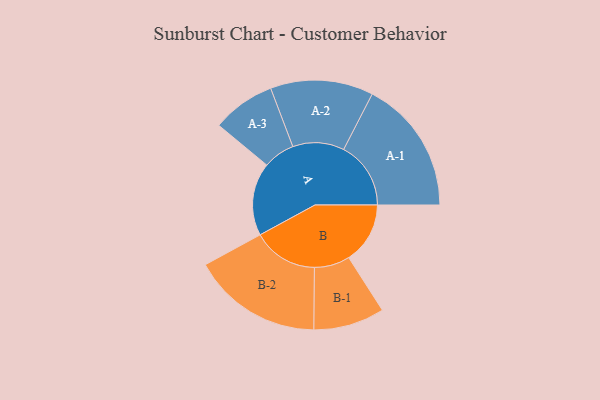
{"axis": {"x": "Segment", "y": "Value"}, "legend": ["", "A", "B"], "data": [{"x": "A", "y": 302, "type": ""}, {"x": "B", "y": 254, "type": ""}, {"x": "A-1", "y": 278, "type": "A"}, {"x": "A-2", "y": 213, "type": "A"}, {"x": "A-3", "y": 131, "type": "A"}, {"x": "B-1", "y": 147, "type": "B"}, {"x": "B-2", "y": 270, "type": "B"}]}